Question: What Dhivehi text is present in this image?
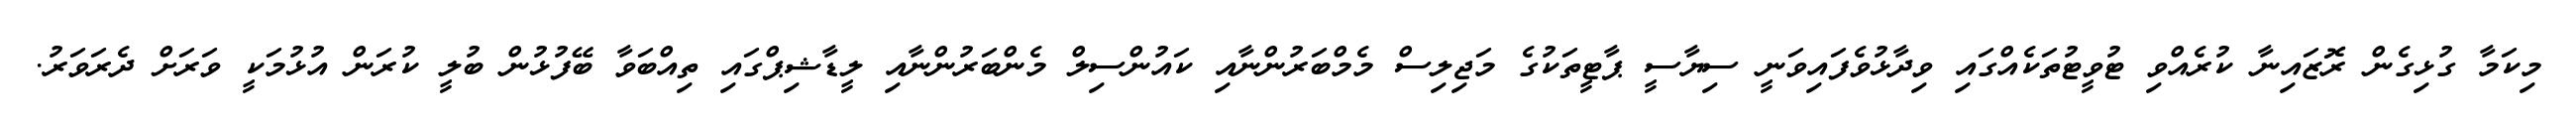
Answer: މިކަމާ ގުޅިގެން ރޮޒައިނާ ކުރެއްވި ޓުވީޓުތަކެއްގައި ވިދާޅުވެފައިވަނީ ސިޔާސީ ޕާޓީތަކުގެ މަޖިލިސް މެމްބަރުންނާއި ކައުންސިލް މެންބަރުންނާއި ލީޑާޝިޕްގައި ތިއްބަވާ ބޭފުޅުން ބުލީ ކުރަން އުޅުމަކީ ވަރަށް ދެރަވަރު.